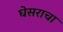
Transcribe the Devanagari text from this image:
घेसराचा